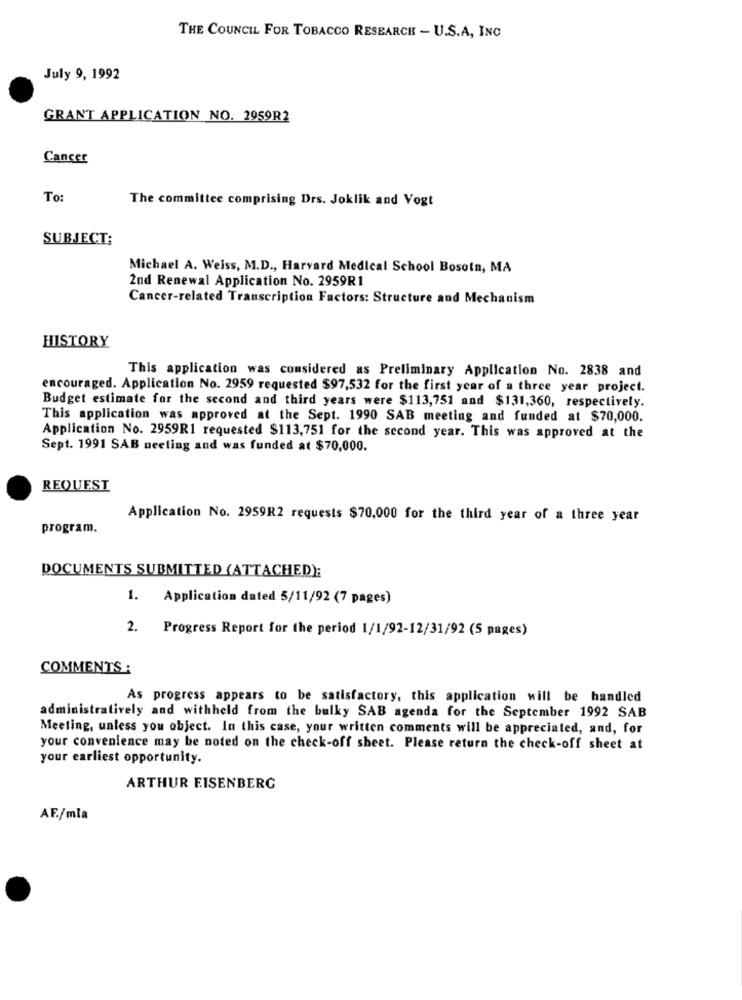
THE COUNCIL FOR TOBACCO RESEARCH - U.S.A, INC
July 9, 1992
GRANT APPLICATION NO. 2959R2
Cancer
To
The committee comprising Drs. Joklik and Vogt
SUBJECT:
Michael A. Weiss, M.D ., Harvard Medical School Bosotn, MA
2nd Renewal Application No. 2959R1
Cancer-related Transcription Factors: Structure and Mechanism
HISTORY
This application was considered as Preliminary Application No. 2838 and
encouraged. Application No. 2959 requested $97,532 for the first year of a three year project.
Budget estimate for the second and third years were $113,751 and $131,360, respectively.
This application was approved at the Sept. 1990 SAB meeting and funded at $70,000.
Application No. 2959R1 requested $113,751 for the second year. This was approved at the
Sept. 1991 SAB neeling and was funded at $70,000.
REQUEST
Application No. 2959R2 requests $70,000 for the third year of a three year
program.
DOCUMENTS SUBMITTED (ATTACHED):
1. Application dated 5/11/92 (7 pages)
2. Progress Report for the period 1/1/92-12/31/92 (5 pages)
COMMENTS :
As progress appears to be satisfactory, this application will be handled
administratively and withheld from the bulky SAB agenda for the September 1992 SAB
Meeting, unless you object. In this case, your written comments will be appreciated, and, for
your convenience may be noted on the check-off sheet. Please return the check-off sheet at
your earliest opportunity.
ARTHUR EISENBERG
AF./mla